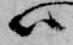
ハ